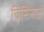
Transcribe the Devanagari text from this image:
चिसिनाऊ